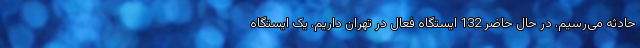
حادثه می‌رسیم. در حال حاضر 132 ایستگاه فعال در تهران داریم. یک ایستگاه